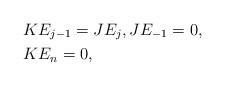
LaTeX: \begin{align*} &KE_{j-1}=JE_{j},JE_{-1}=0,\\ &KE_{n}=0,\end{align*}